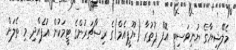
މެލޭޝިޔާގެ ޔުނިވަސިޓީ އޮފް ޕުތުރާ (ޔޫޕީއެމް)ގެ ރިސާޗަރުންގެ ޓީމަކުން އުފެއްދި މި ތެލަށް